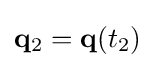
\mathbf {q} _{2}=\mathbf {q} (t_{2})